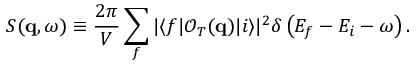
S ( \mathbf { q } , \omega ) \equiv \frac { 2 \pi } { V } \sum _ { f } | \langle f | \mathcal { O } _ { T } ( \mathbf { q } ) | i \rangle | ^ { 2 } \delta \left( E _ { f } - E _ { i } - \omega \right) .